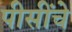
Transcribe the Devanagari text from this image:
पीसींचे